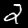
Digit: 2